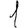
Digit: 1